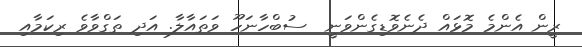
ރީން އެންމެ މޮޅައް ދެނެވޮޑިގެންވަނީ  ސުބްހާނަހޫ ވަތައާލާ. އަދި ތަގްވާވެ ރިކަމާއި